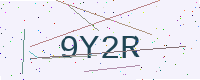
Text: 9Y2R